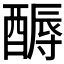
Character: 𲆵